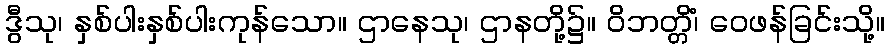
ဒွီသု၊ နှစ်ပါးနှစ်ပါးကုန်သော။ ဌာနေသု၊ ဌာနတို့၌။ ဝိဘတ္တိံ၊ ဝေဖန်ခြင်းသို့။